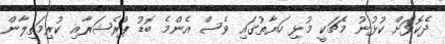
ދެކޮޅަށް ކުޅުނު މެޗަކީ މުޅި ހަޔާތުގައި ވެސް އެންމެ ބޮޑު ޕްރެޝަރާއި ކުރިމަތިލާން